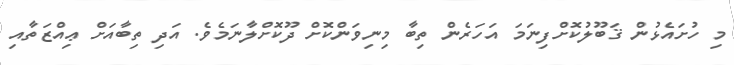
މި ހުށައެޅުން ޤަބޫލުކޮށްފިނަމަ އަހަރެން ތިބާ މިނިވަންކޮށް ދޫކޮށްލާނަމެވެ. އަދި ތިބާއަށް ޢިއްޒަތާއި